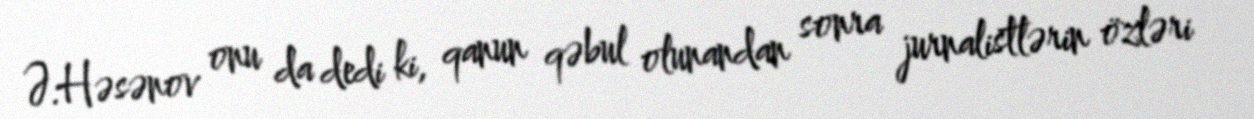
Ə.Həsənov onu da dedi ki, qanun qəbul olunandan sonra jurnalistlərin özləri